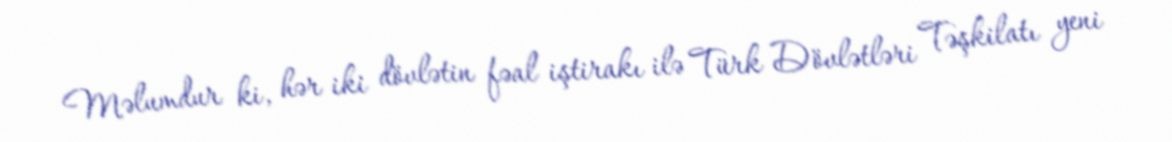
Məlumdur ki, hər iki dövlətin fəal iştirakı ilə Türk Dövlətləri Təşkilatı yeni